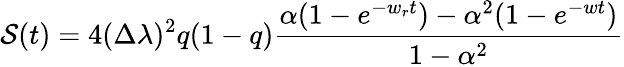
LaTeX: {\cal S}(t)=4(\Delta\lambda)^{2}q(1-q)\frac{\alpha(1-e^{-w_{r}t})-\alpha^{2}(1-e^{-wt})}{1-\alpha^{2}}